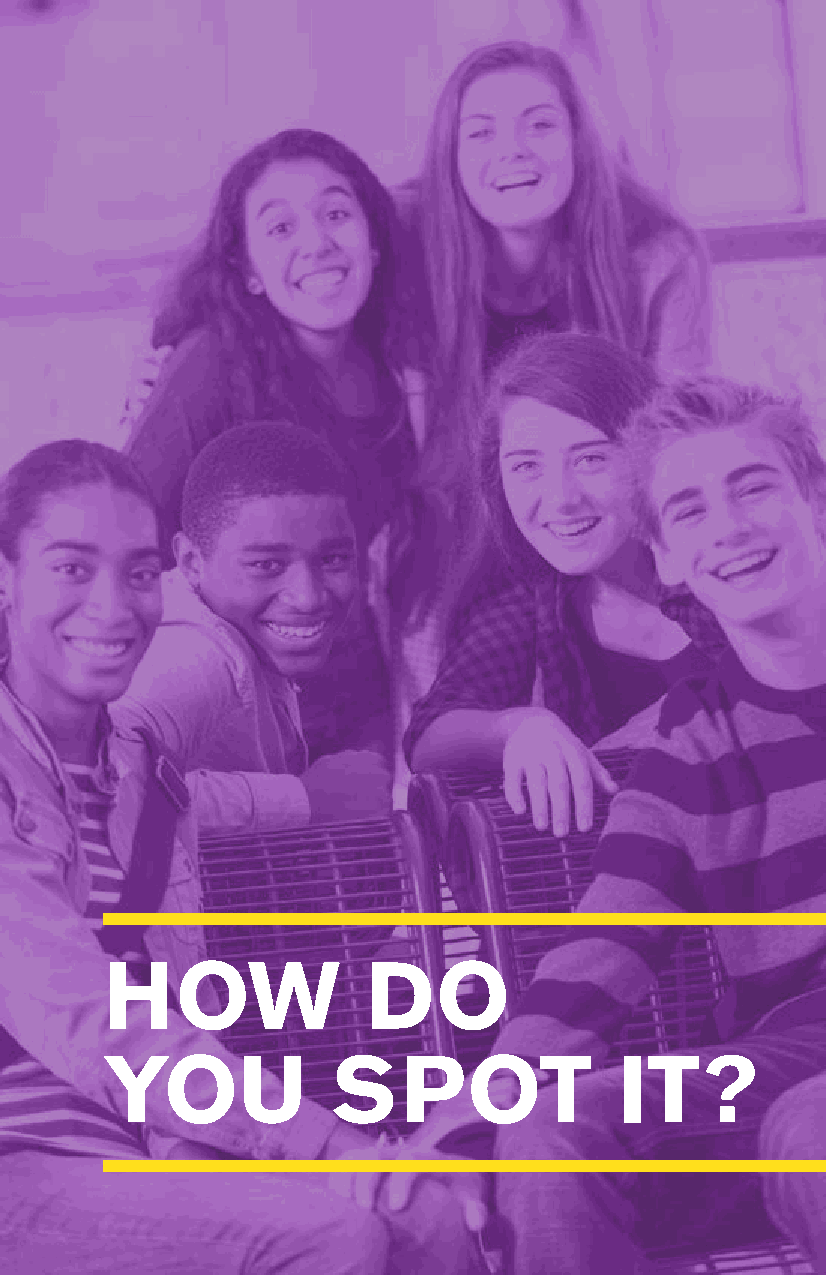
HOW              DO
 YOU            SPOT               IT?
 | 15 |